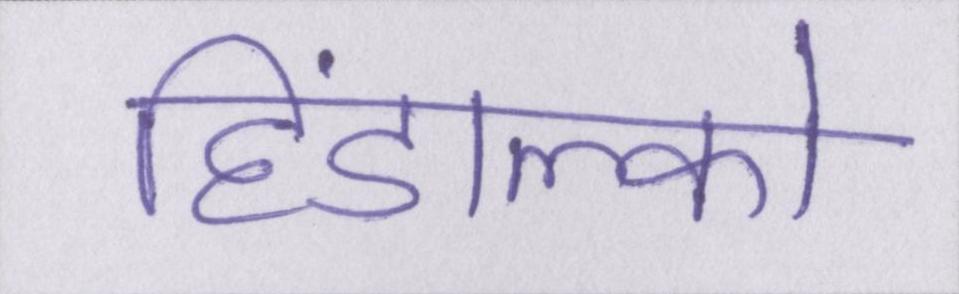
हिंडाल्को